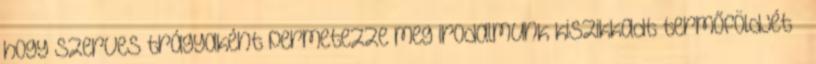
hogy szerves trágyaként permetezze meg irodalmunk kiszikkadt termőföldjét ”